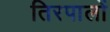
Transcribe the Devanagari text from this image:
तिरपालों